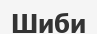
Шиби